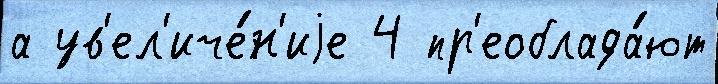
а ув'ел'иче́н'иjе 4 пр'еоблада́ют